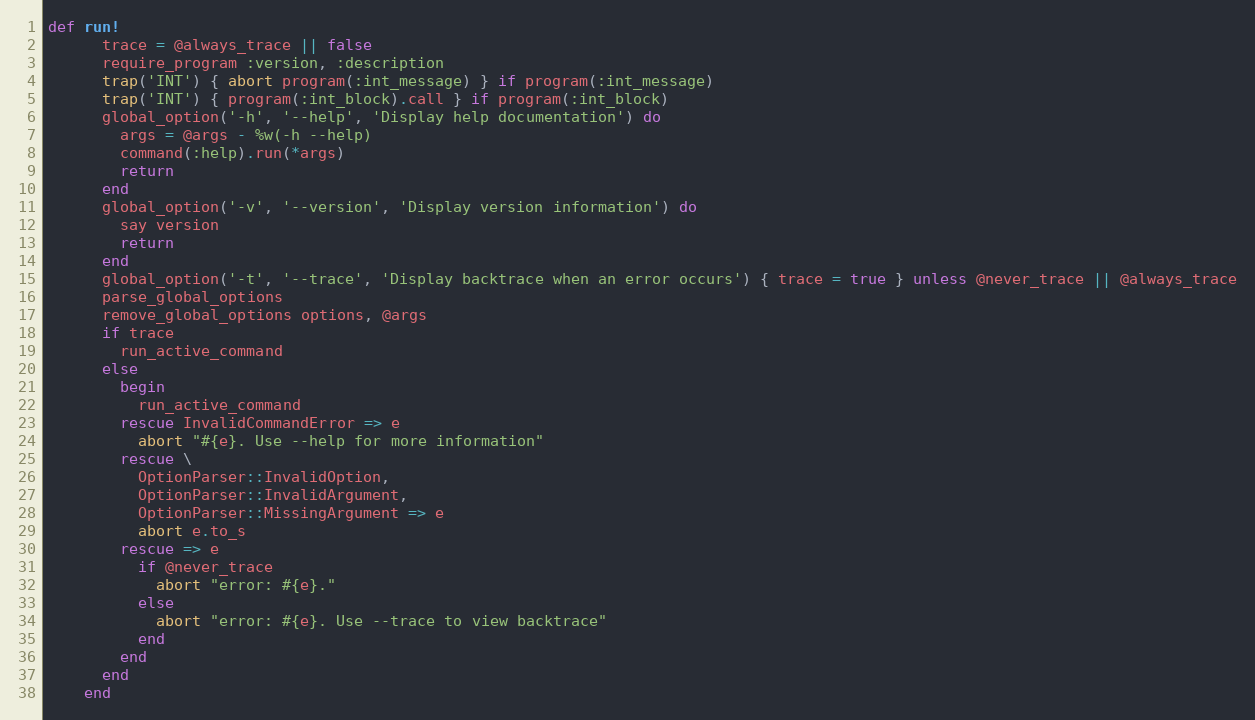
Language: Ruby
def run!
      trace = @always_trace || false
      require_program :version, :description
      trap('INT') { abort program(:int_message) } if program(:int_message)
      trap('INT') { program(:int_block).call } if program(:int_block)
      global_option('-h', '--help', 'Display help documentation') do
        args = @args - %w(-h --help)
        command(:help).run(*args)
        return
      end
      global_option('-v', '--version', 'Display version information') do
        say version
        return
      end
      global_option('-t', '--trace', 'Display backtrace when an error occurs') { trace = true } unless @never_trace || @always_trace
      parse_global_options
      remove_global_options options, @args
      if trace
        run_active_command
      else
        begin
          run_active_command
        rescue InvalidCommandError => e
          abort "#{e}. Use --help for more information"
        rescue \
          OptionParser::InvalidOption,
          OptionParser::InvalidArgument,
          OptionParser::MissingArgument => e
          abort e.to_s
        rescue => e
          if @never_trace
            abort "error: #{e}."
          else
            abort "error: #{e}. Use --trace to view backtrace"
          end
        end
      end
    end